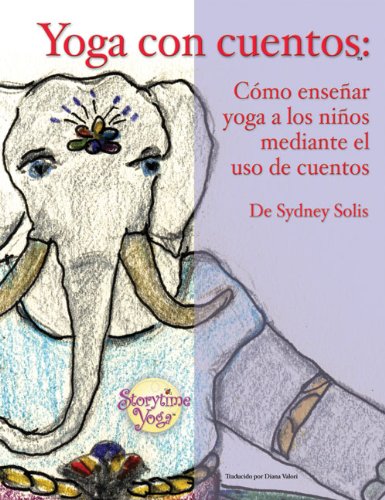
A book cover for Yoga con cuentos: Como ensenar yoga a los ninos mediante el uso de cuentos (Cuentos Para Aprender Yoga) (Spanish Edition); Sydney Solis; Health, Fitness & Dieting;